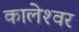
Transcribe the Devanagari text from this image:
कालेश्‍वर